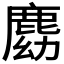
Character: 𪊛